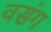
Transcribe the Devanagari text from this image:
वसंग